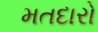
મતદારો